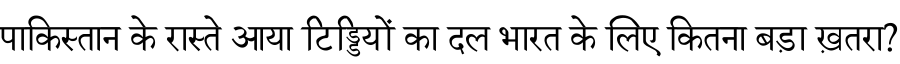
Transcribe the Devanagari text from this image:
पाकिस्तान के रास्ते आया टिड्डियों का दल भारत के लिए कितना बड़ा ख़तरा?